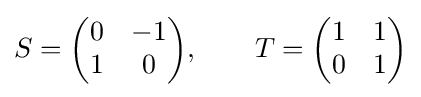
S={\begin{pmatrix}0&-1\\1&0\end{pmatrix}},\qquad T={\begin{pmatrix}1&1\\0&1\end{pmatrix}}